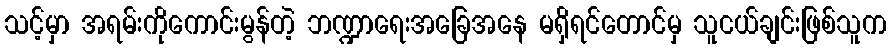
သင့်မှာ အရမ်းကိုကောင်းမွန်တဲ့ ဘဏ္ဍာရေးအခြေအနေ မရှိရင်တောင်မှ သူငယ်ချင်းဖြစ်သူက